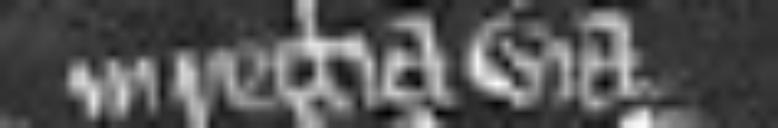
in regia via